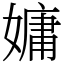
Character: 嫞